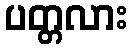
ပတ္တလား